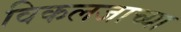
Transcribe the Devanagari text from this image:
विकलजाच्या